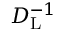
D _ { \mathrm { { L } } } ^ { - 1 }